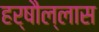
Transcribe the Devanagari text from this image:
हर्षौल्लास